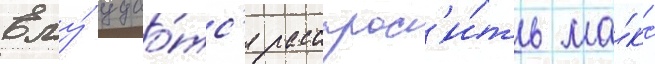
Ему́ удао́тс'я расспрос'и́ть ма́кс